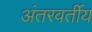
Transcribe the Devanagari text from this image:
अंतरवर्तीय